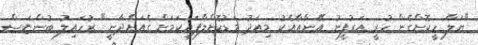
"ޔަލާ ހީކޮށްގެން ހުރީ އަރުފީނު އޭނާއާއެކު މިއަދު މަޑުކޮށްލާފައިކަމަށް ގެއަށްދާނީ" ރުހައިލު ބުންޏަސް